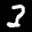
Label: 3